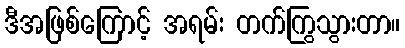
ဒီအဖြစ်ကြောင့် အရမ်း တက်ကြွသွားတာ။